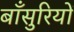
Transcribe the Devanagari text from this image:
बाँसुरियों